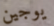
يوجين